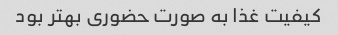
کیفیت غذا به صورت حضورى بهتر بود